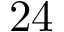
2 4